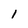
Character: 1